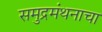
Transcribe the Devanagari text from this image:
समुद्रमंथनाचा